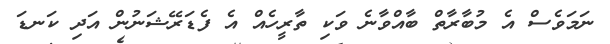
ނަމަވެސް އެ މުބާރާތް ބާއްވާނެ ވަކި ތާރީހެއް އެ ފެޑަރޭޝަނުން އަދި ކަނޑަ